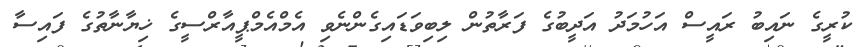
ކުރީގެ ނައިބު ރައީސް އަހުމަދު އަދީބުގެ ފަރާތުން ލިބިވަޑައިގެންނެވި އެމްއެމްޕީއާރްސީގެ ޚިޔާނާތުގެ ފައިސާ